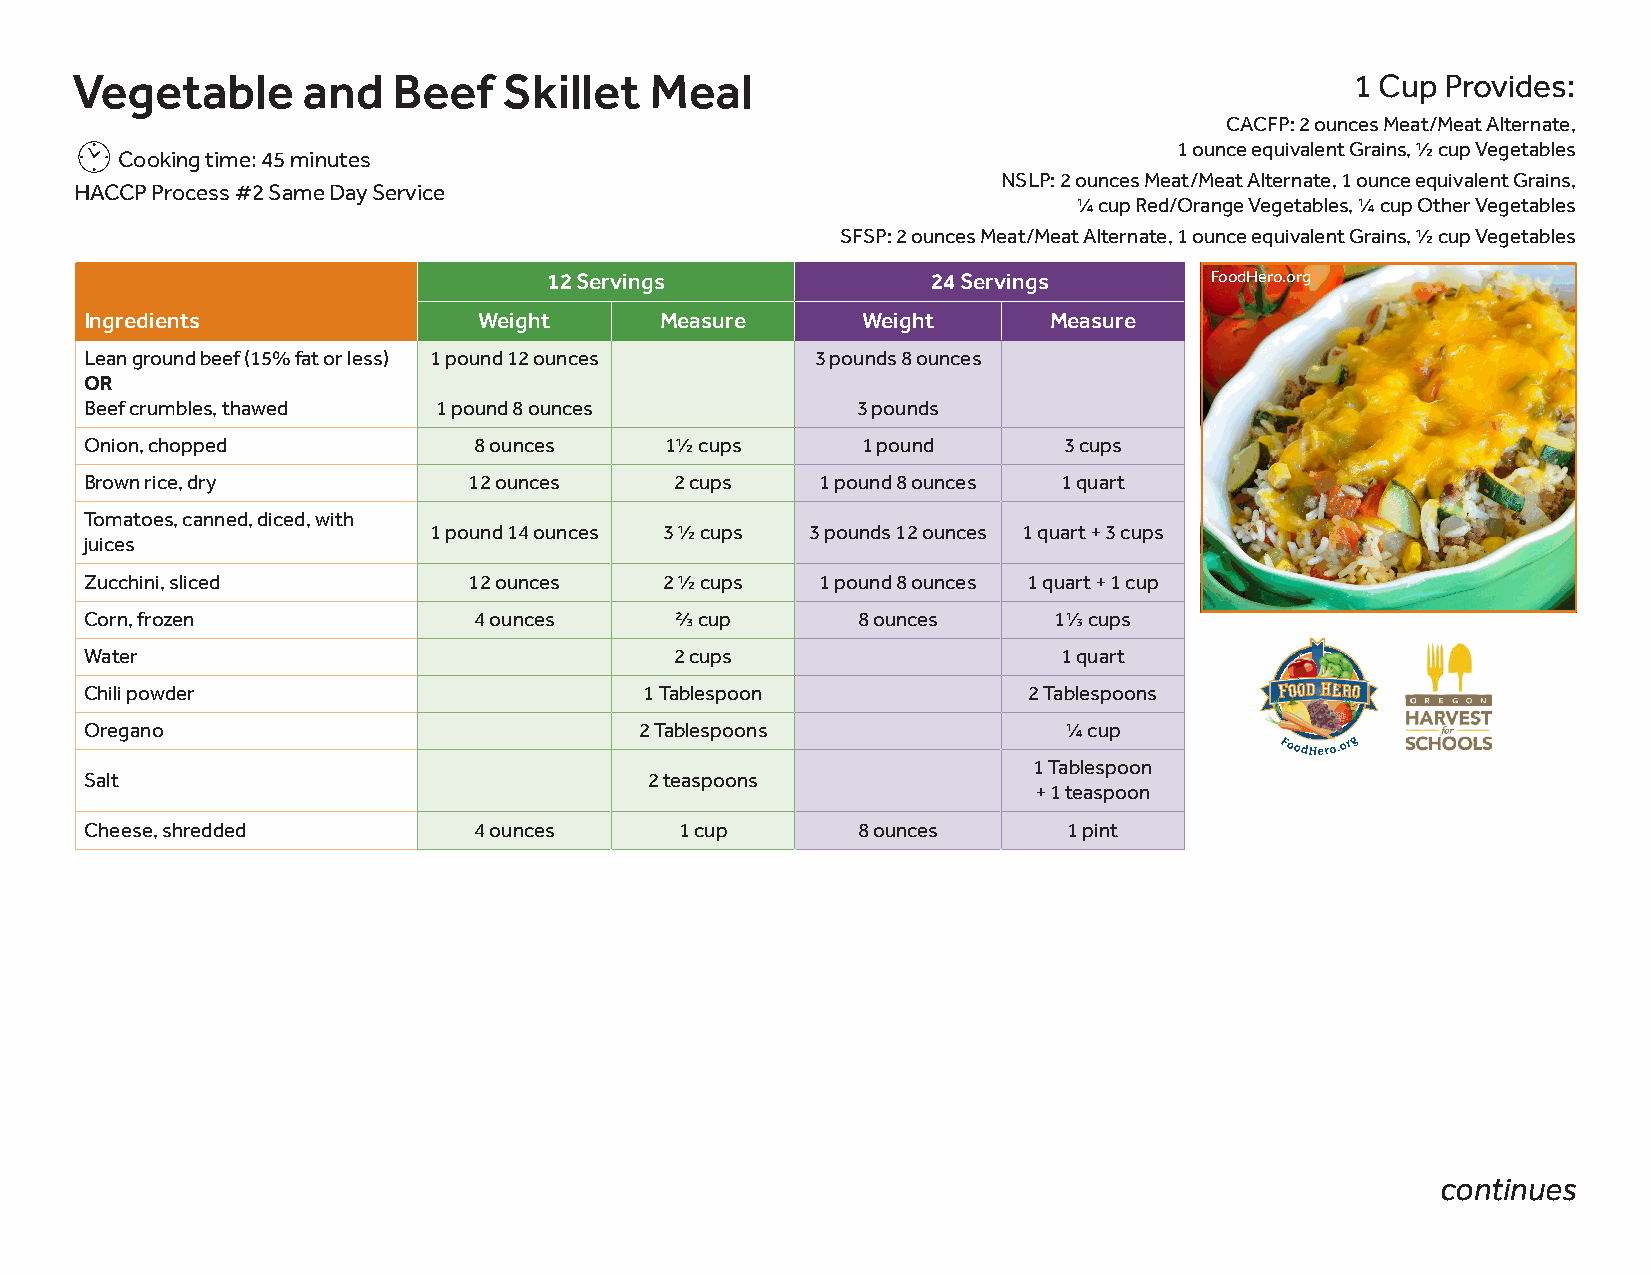
Vegetable      and   Beef   Skillet   Meal                                           1 Cup Provides:
 CACFP: 2 ounces Meat/Meat Alternate,
 1 ounce equivalent Grains, ½ cup Vegetables
 Cooking time: 45 minutes
 NSLP: 2 ounces Meat/Meat Alternate, 1 ounce equivalent Grains,
 HACCP Process #2 Same Day Service
 ¼ cup Red/Orange Vegetables, ¼ cup Other Vegetables
 SFSP: 2 ounces Meat/Meat Alternate, 1 ounce equivalent Grains, ½ cup Vegetables
 12 Servings               24 Servings       FoodHero.org
 Ingredients               Weight      Measure      Weight      Measure
 Lean ground beef (15% fat or less) 1 pound 12 ounces 3 pounds 8 ounces
 OR
 Beef crumbles, thawed  1 pound 8 ounces            3 pounds
 Onion, chopped           8 ounces     1½ cups      1 pound      3 cups
 Brown rice, dry          12 ounces     2 cups   1 pound 8 ounces 1 quart
 Tomatoes, canned, diced, with
 1 pound 14 ounces 3 ½ cups 3 pounds 12 ounces 1 quart + 3 cups
 juices
 Zucchini, sliced         12 ounces    2 ½ cups  1 pound 8 ounces 1 quart + 1 cup
 Corn, frozen             4 ounces      ⅔ cup       8 ounces     1⅓ cups
 Water                                  2 cups                   1 quart
 FFFFOOOOOOOODDDD HHHHEEEERRRROOOO
 Chili powder                         1 Tablespoon             2 Tablespoons
 Oregano                             2 Tablespoons               ¼ cup
 1 Tablespoon
 Salt                                 2 teaspoons
 + 1 teaspoon
 Cheese, shredded         4 ounces      1 cup       8 ounces      1 pint
 continues